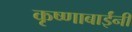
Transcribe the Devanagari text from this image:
कृष्णाबाईंनी